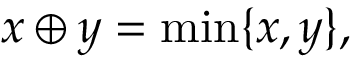
x \oplus y = \operatorname* { m i n } \{ x , y \} ,